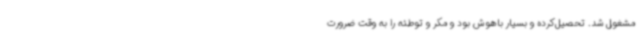
مشغول شد. تحصیل‌کرده و بسیار باهوش بود و مکر و توطئه را به وقت ضرورت